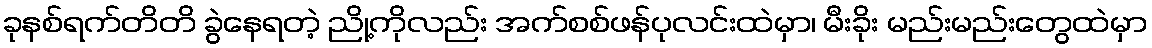
ခုနစ်ရက်တိတိ ခွဲနေရတဲ့ ညို့ကိုလည်း အက်စစ်ဖန်ပုလင်းထဲမှာ၊ မီးခိုး မည်းမည်းတွေထဲမှာ